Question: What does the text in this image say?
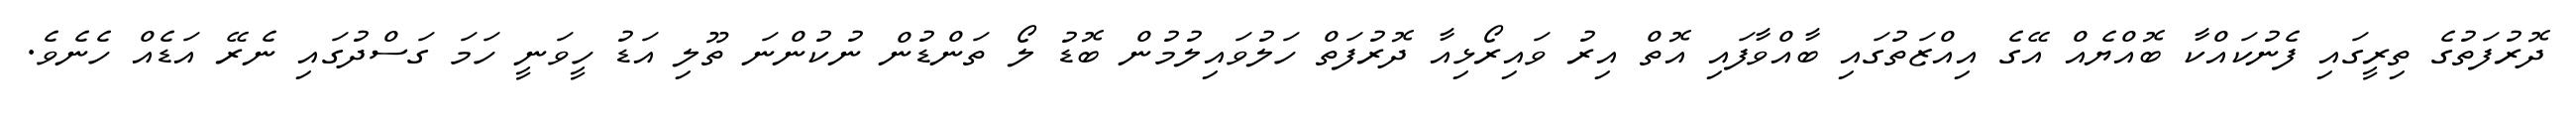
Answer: ދޮރުފަތުގެ ތިރީގައި ފެނުކައްކާ ބޮއްޔެއް އޭގެ އިއްޒަތުގައި ބާއްވާފައި އޮތް އިރު ވައިރޯޅިއާ ދޮރުފަތް ހަލުވައިލުމުން ބޮޑު ލޯ ތަންޑުން ނުކުންނަ ތޫލި އަޑު ހީވަނީ ހަމަ ގަސްދުގައި ނެރޭ އަޑެއް ހެނެވެ.